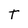
Character: T